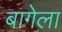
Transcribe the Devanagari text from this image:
बागेला